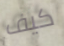
كيف